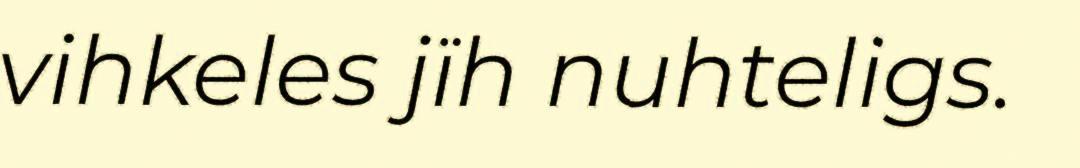
vihkeles jïh nuhteligs.